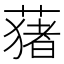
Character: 蕏